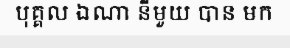
បុគ្គល ឯណា នីមួយ បាន មក